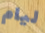
ليام